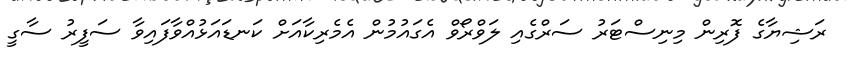
ރަޝިޔާގެ ފޮރިން މިނިސްޓަރު ސަރްގެއި ލަވްރޯވް އެގައުމުން އެމެރިކާއަށް ކަނޑައަޅުއްވާފައިވާ ސަފީރު ސާގީ